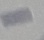
Text: -